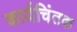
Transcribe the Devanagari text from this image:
कार्यचिंतक